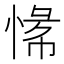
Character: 𫺟